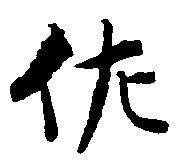
佐